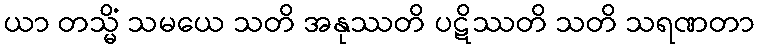
ယာ တသ္မိံ သမယေ သတိ အနုဿတိ ပဋိဿတိ သတိ သရဏတာ